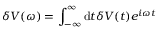
\delta V ( \omega ) = \int _ { - \infty } ^ { \infty } \mathrm { d } t \delta V ( t ) e ^ { i \omega t }